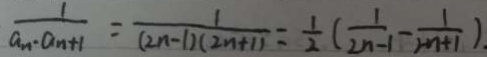
\frac { 1 } { a _ { n } \cdot a _ { n + 1 } } = \frac { 1 } { ( 2 n - 1 ) ( 2 n + 1 ) } = \frac { 1 } { 2 } ( \frac { 1 } { 2 n - 1 } - \frac { 1 } { 2 n + 1 } ) .